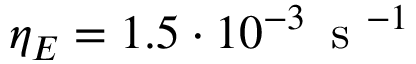
\eta _ { E } = 1 . 5 \cdot 1 0 ^ { - 3 } \, \mathrm { ~ s ~ } ^ { - 1 }